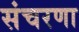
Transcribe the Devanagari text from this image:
संचरणा